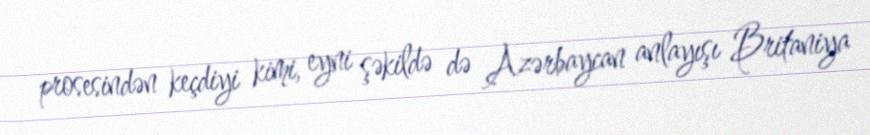
prosesindən keçdiyi kimi, eyni şəkildə də Azərbaycan anlayışı Britaniya